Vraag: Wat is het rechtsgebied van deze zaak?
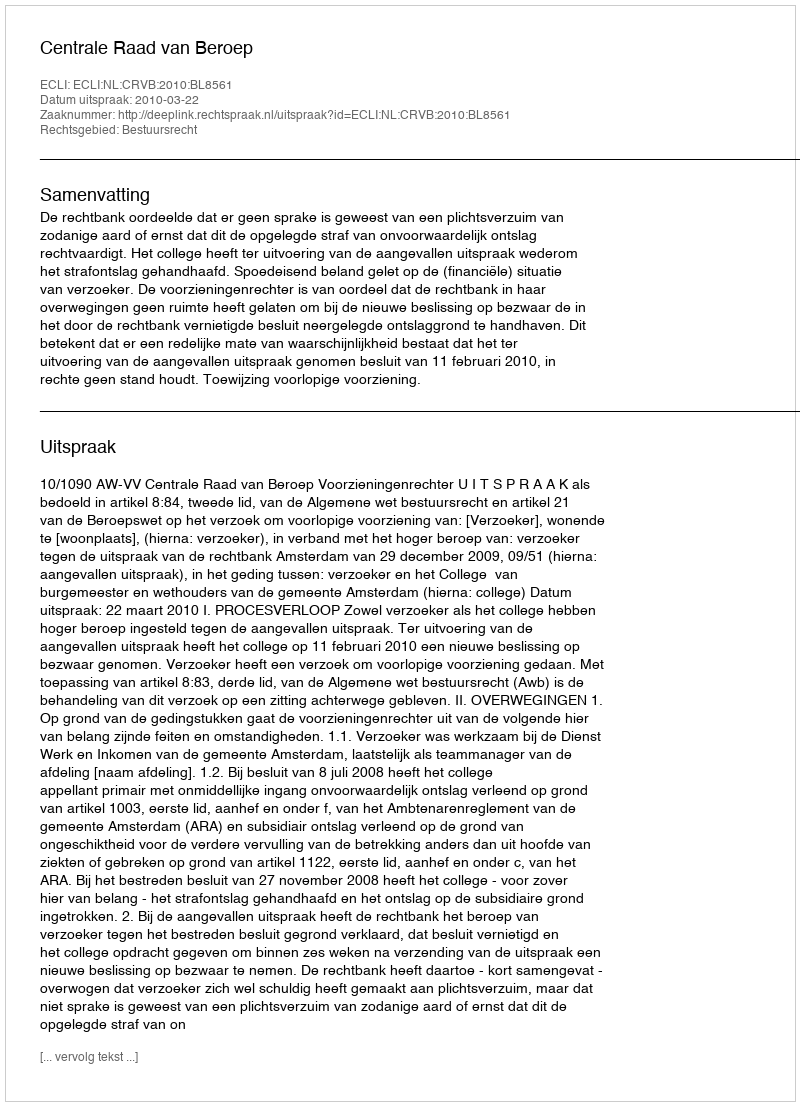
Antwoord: Bestuursrecht